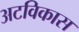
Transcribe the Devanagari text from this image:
अटविकास